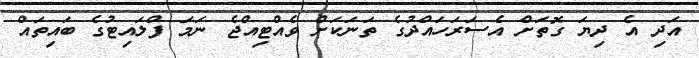
އަދި އެ ދިޔަ ގޮތަށް އެސަރަހައްދުގެ ތަނަކަށް ވެއްޓިއްޖެ ނަމަ ފްލައިޓުގެ ބައިތައް